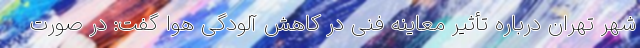
شهر تهران درباره تأثیر معاینه فنی در کاهش آلودگی هوا گفت:‌ در صورت